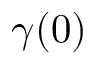
\gamma ( 0 )